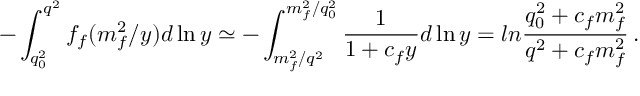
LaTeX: - \int _ { q _ { 0 } ^ { 2 } } ^ { q ^ { 2 } } f _ { f } ( m _ { f } ^ { 2 } / y ) d \ln y \simeq - \int _ { m _ { f } ^ { 2 } / q ^ { 2 } } ^ { m _ { f } ^ { 2 } / q _ { 0 } ^ { 2 } } \frac { 1 } { 1 + c _ { f } y } d \ln y = l n \frac { q _ { 0 } ^ { 2 } + c _ { f } m _ { f } ^ { 2 } } { q ^ { 2 } + c _ { f } m _ { f } ^ { 2 } } \, .